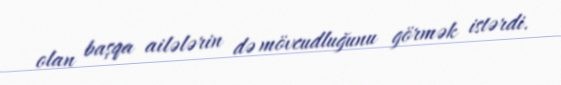
olan başqa ailələrin də mövcudluğunu görmək istərdi.